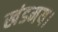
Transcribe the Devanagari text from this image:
खंडमय।